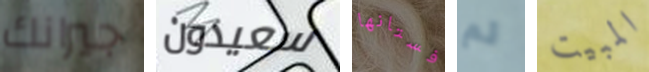
جيرانك سعيدون فستانها لم المبيت